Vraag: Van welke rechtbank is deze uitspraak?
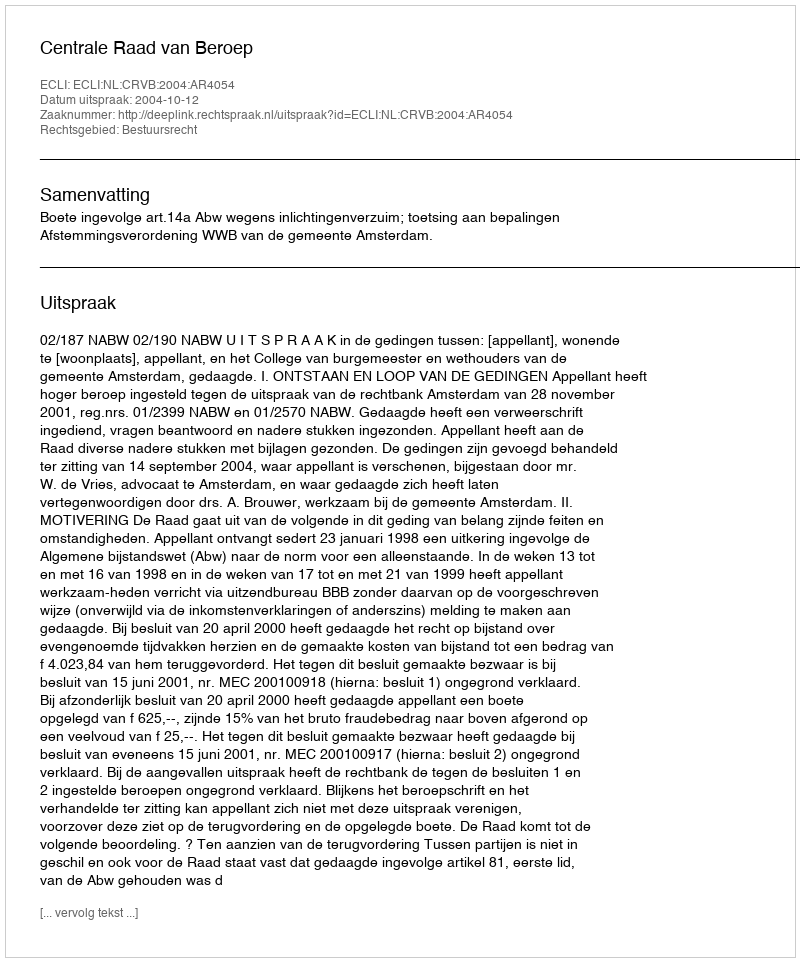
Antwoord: Centrale Raad van Beroep